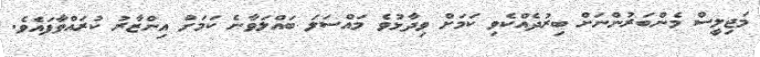
މަޖިލީސް މެންބަރުންނަށް ބިރުދެއްކެވި ކަމަށް ވިދާޅުވެ މައްސަލަ ބައްލަވާނެ ކަމަަށް އިންޒާރު ކުރައްވާފައެވެ.